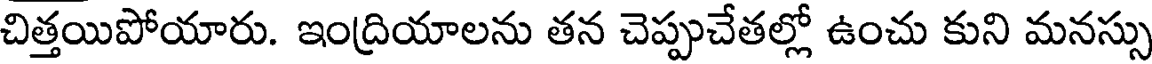
చిత్తయిపోయారు. ఇంద్రియాలను తన చెప్పుచేతల్లో ఉంచు కుని మనస్సు